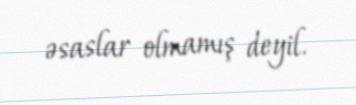
əsaslar olmamış deyil.